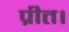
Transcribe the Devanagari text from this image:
प्रीत।